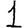
Digit: 1